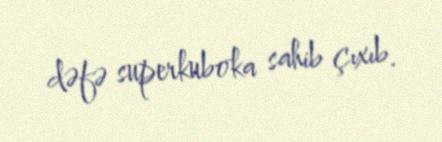
dəfə superkuboka sahib çıxıb.